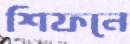
শিফনে